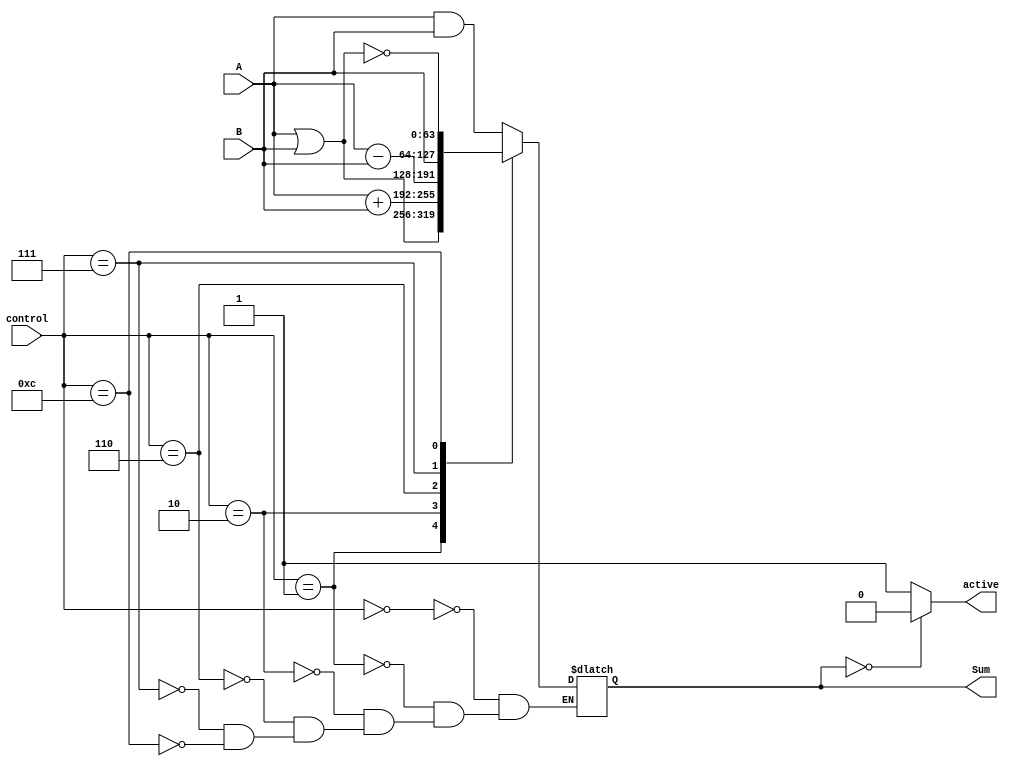
`timescale 1ns / 1ps

module ALU(
    input [63:0] A,
    input [63:0] B,
    input [3:0] control,
    output reg [63:0] Sum,
    output reg active
    );
    
    always@(*)
        begin
            case (control)
                4'b0000: Sum = A & B;
                4'b0001: Sum = A | B;
                4'b0010: Sum = A + B;
                4'b0110: Sum = A - B;
                4'b0111: Sum = B; 
                4'b1100: Sum = ~(A | B);         
            endcase
        end
    always@(*)
            begin
                case (Sum)
                    4'b0000: active = 1'b0;
                    default: active = 1'b1;
                endcase
            end
endmodule